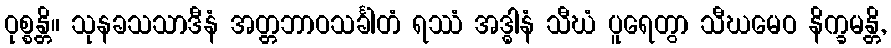
ဝုစ္စန္တိ။ သုနခသသာဒီနံ အတ္တဘာဝသင်္ခါတံ ရဿံ အဒ္ဓါနံ သီဃံ ပူရေတွာ သီဃမေဝ နိက္ခမန္တိ,